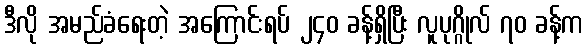
ဒီလို အမည်ခံရေးတဲ့ အကြောင်းရပ် ၂၄၀ ခန့်ရှိပြီး လူပုဂ္ဂိုလ် ၇၀ ခန့်က